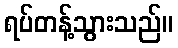
ရပ်တန့်သွားသည်။